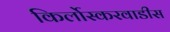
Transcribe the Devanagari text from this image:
किर्लोस्करवाडीस